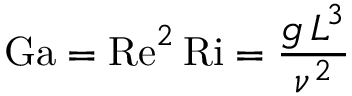
\mathrm { G a } = \mathrm { R e } ^ { 2 } \, \mathrm { R i } = { \frac { g \, L ^ { 3 } } { \nu ^ { 2 } } }